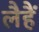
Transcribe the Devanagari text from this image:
लैहैं